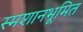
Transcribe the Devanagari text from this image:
स्मशानभूमित